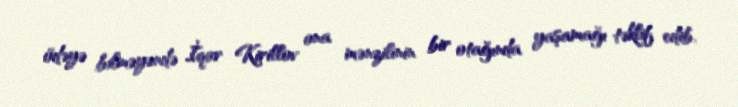
ödəyə bilməyəndə İqor Kirillov ona mənzilinin bir otağında yaşamağı təklif edib.